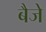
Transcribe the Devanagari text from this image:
बैजे